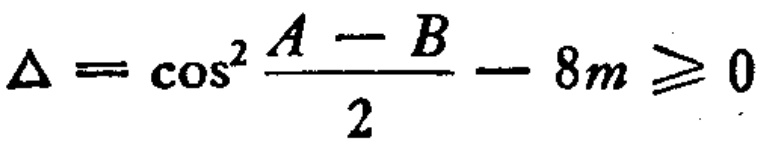
\(\Delta = \cos^{2}\frac{A - B}{2} - 8m \geqslant 0\)